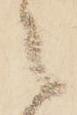
之